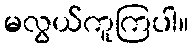
မလွယ်ကူကြပါ။